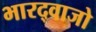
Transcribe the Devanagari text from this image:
भारद्वाजो